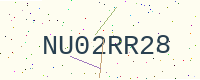
Text: NU02RR28